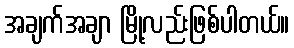
အချက်အချာ မြို့လည်းဖြစ်ပါတယ်။